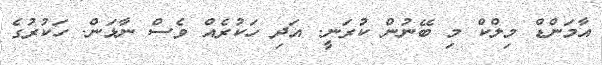
އާމަންޑް މިލްކް މި ބޭނުން ކުރަނީ. އަދި ހަކުރެއް ވެސް ނާޅަން. ހަކުރުގެ